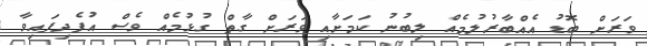
ވަރަށް ބޮޑު އެއްބާރުލުމެއް ލިބުނު ކަމަށާއި ވަރަށް ގާތް ގުޅުމެއް ވެސް އުފެދިފައިވާ